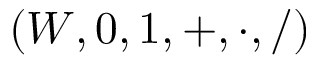
( W , 0 , 1 , + , \cdot , / )